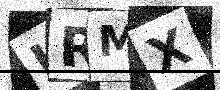
Text: LRMX